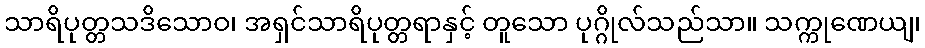
သာရိပုတ္တသဒိသောဝ၊ အရှင်သာရိပုတ္တရာနှင့် တူသော ပုဂ္ဂိုလ်သည်သာ။ သက္ကုဏေယျ၊